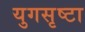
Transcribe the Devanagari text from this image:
युगसृष्टा